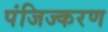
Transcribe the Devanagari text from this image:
पंजिज्करण